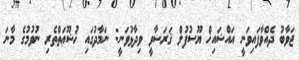
ޖަވާބު ދެއްވާފައިވަނީ އައްޝައިޚް ޔޫސުފުލް ޤަރަޟާވީ ވިދާޅުވަނީ: ނަމާދުގައި ޚުޝޫޢަތްތެރި ނުވުމުގެ މާނަ